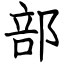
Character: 部